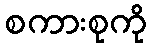
စကားစုကို